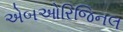
એબઓરિજિનલ